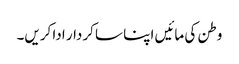
وطن کی مائیں اپنا سا کردار ادا کریں۔